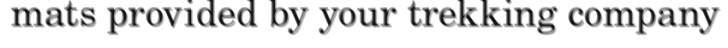
mats provided by your trekking company